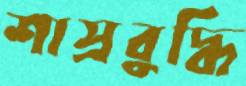
শাস্রবুদ্ধি